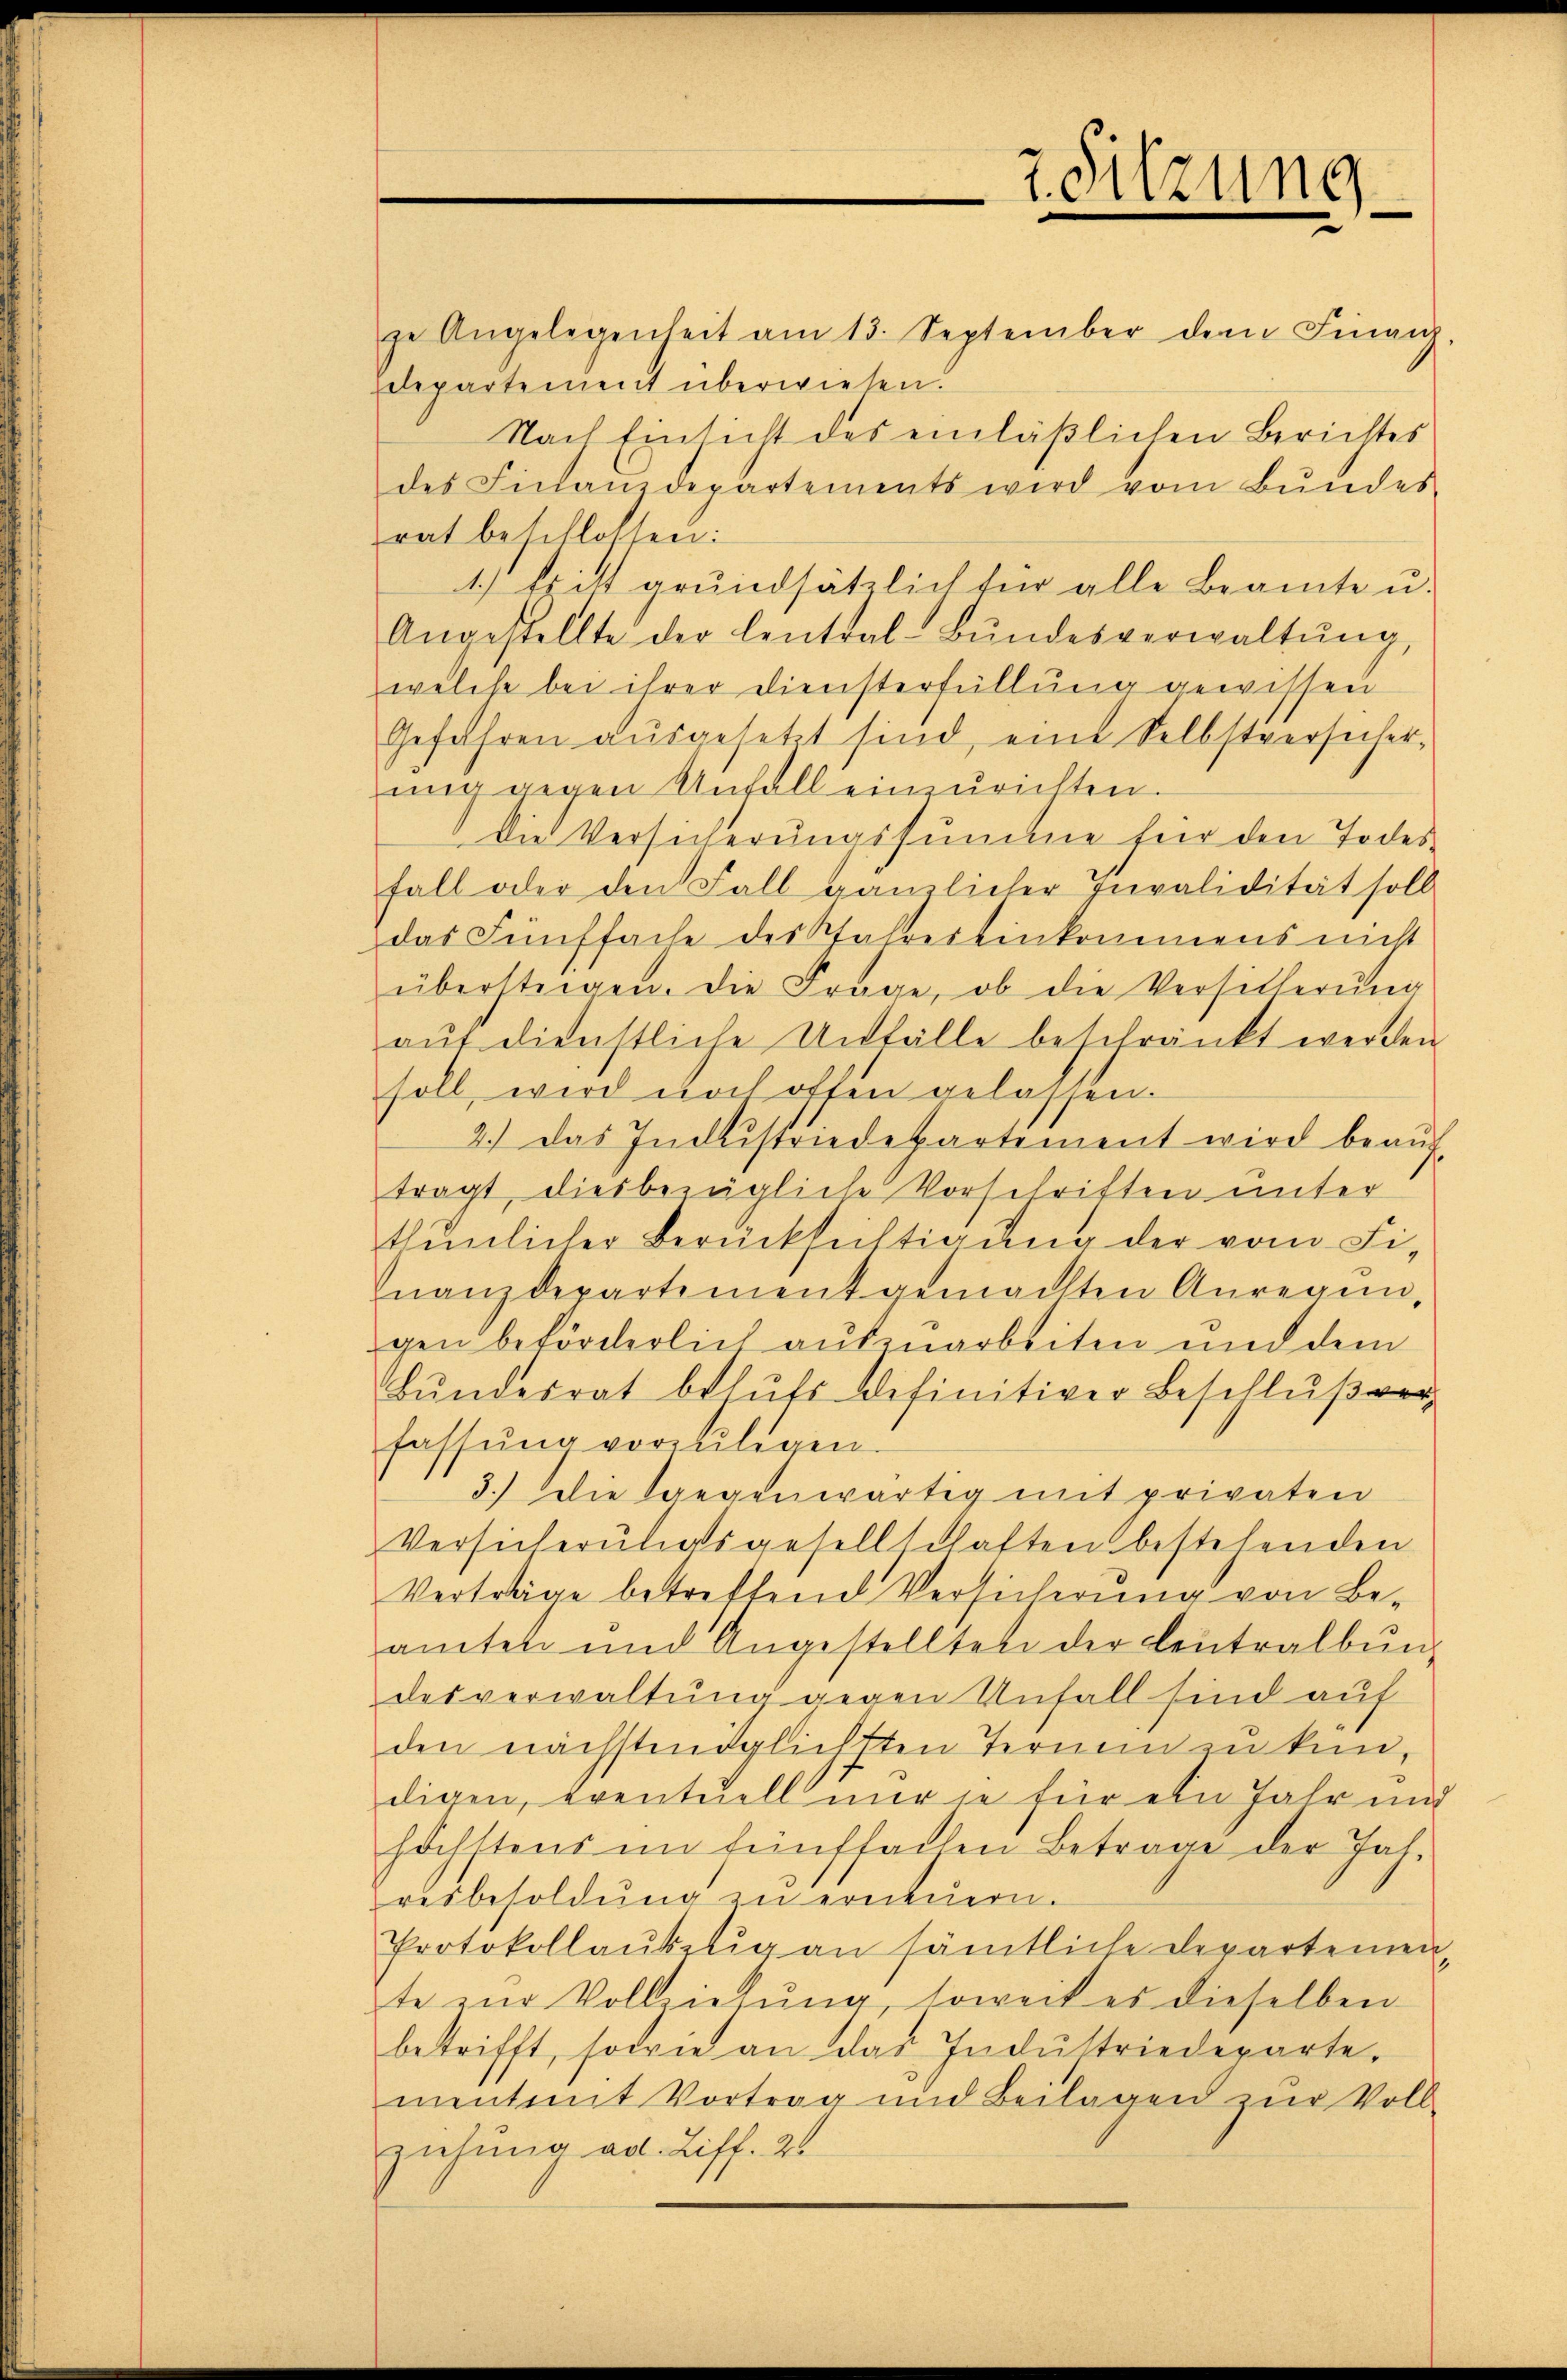
z Sitzung

ze Angelegenheit am 13. September dem Finanz-
departement überwiesen.
Nach Einsicht des einläßlichen Berichtes
des Finanzdepartements wird vom Bŭndes
rat beschlossen:
1.) Es ist grundsätzlich für alle Beamte u.
Angestellte der Central-Bŭndesverwaltŭng,
welche bei ihrer Diensterfüllung gewissen
Gefahren ausgesetzt sind, eine Selbstversicher,
ung gegen Unfall einzurichten.
Die Versicherungssumme für den Todesfall oder den Fall gänzlicher Invalidität soll
das Fünffache des Spahrereinkommens nicht
übersteigen. Die Frage, ob die Versicherŭng
aŭf dienstliche Unfälle beschränkt werden.
soll, wird noch offen gelassen.
2.) Das Industriedepartement wird beauftragt, diesbezügliche Vorschriften unter
thŭnlicher Berücksichtigung der vom Fi-
nanzdepartement gemachten Anregungen beförderlich auszuarbeiten und dem
Bŭndesrat behŭfs definitiver Beschlŭβ er
fassŭng vorzŭlegen.
3.) Die legenwärtig mit privaten
Versicherungsgesellschaften bestehenden
Verträge betreffend Versicherung von Be-
amten und Angestellten der Centralbŭn-
desverwaltung gegen Unfall sind auf
den nachstendglichsten Termin zu kan,
digen, eventuell nur je für ein Jahr ung
höchstens im fünffachen Betrage der Jah-
resbesoldŭng zu erneuern.
Protokollaubstig an sämtliche Departemen
te zŭr Vollziehŭng, soweit es dieselben
betrifft, sowie an das Industriedeparte.
mentamt Vortrag und Beilagen zur Voll
ziehung ad. Ziff. 26